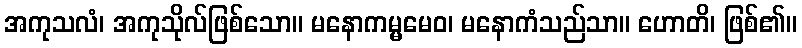
အကုသလံ၊ အကုသိုလ်ဖြစ်သော။ မနောကမ္မမေဝ၊ မနောကံသည်သာ။ ဟောတိ၊ ဖြစ်၏။